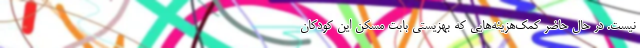
نیست. در حال حاضر کمک‌هزینه‌هایی که بهزیستی بابت مسکن این کودکان